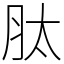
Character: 肽